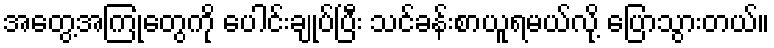
အတွေ့အကြုံတွေကို ပေါင်းချုပ်ပြီး သင်ခန်းစာယူရမယ်လို့ ပြောသွားတယ်။